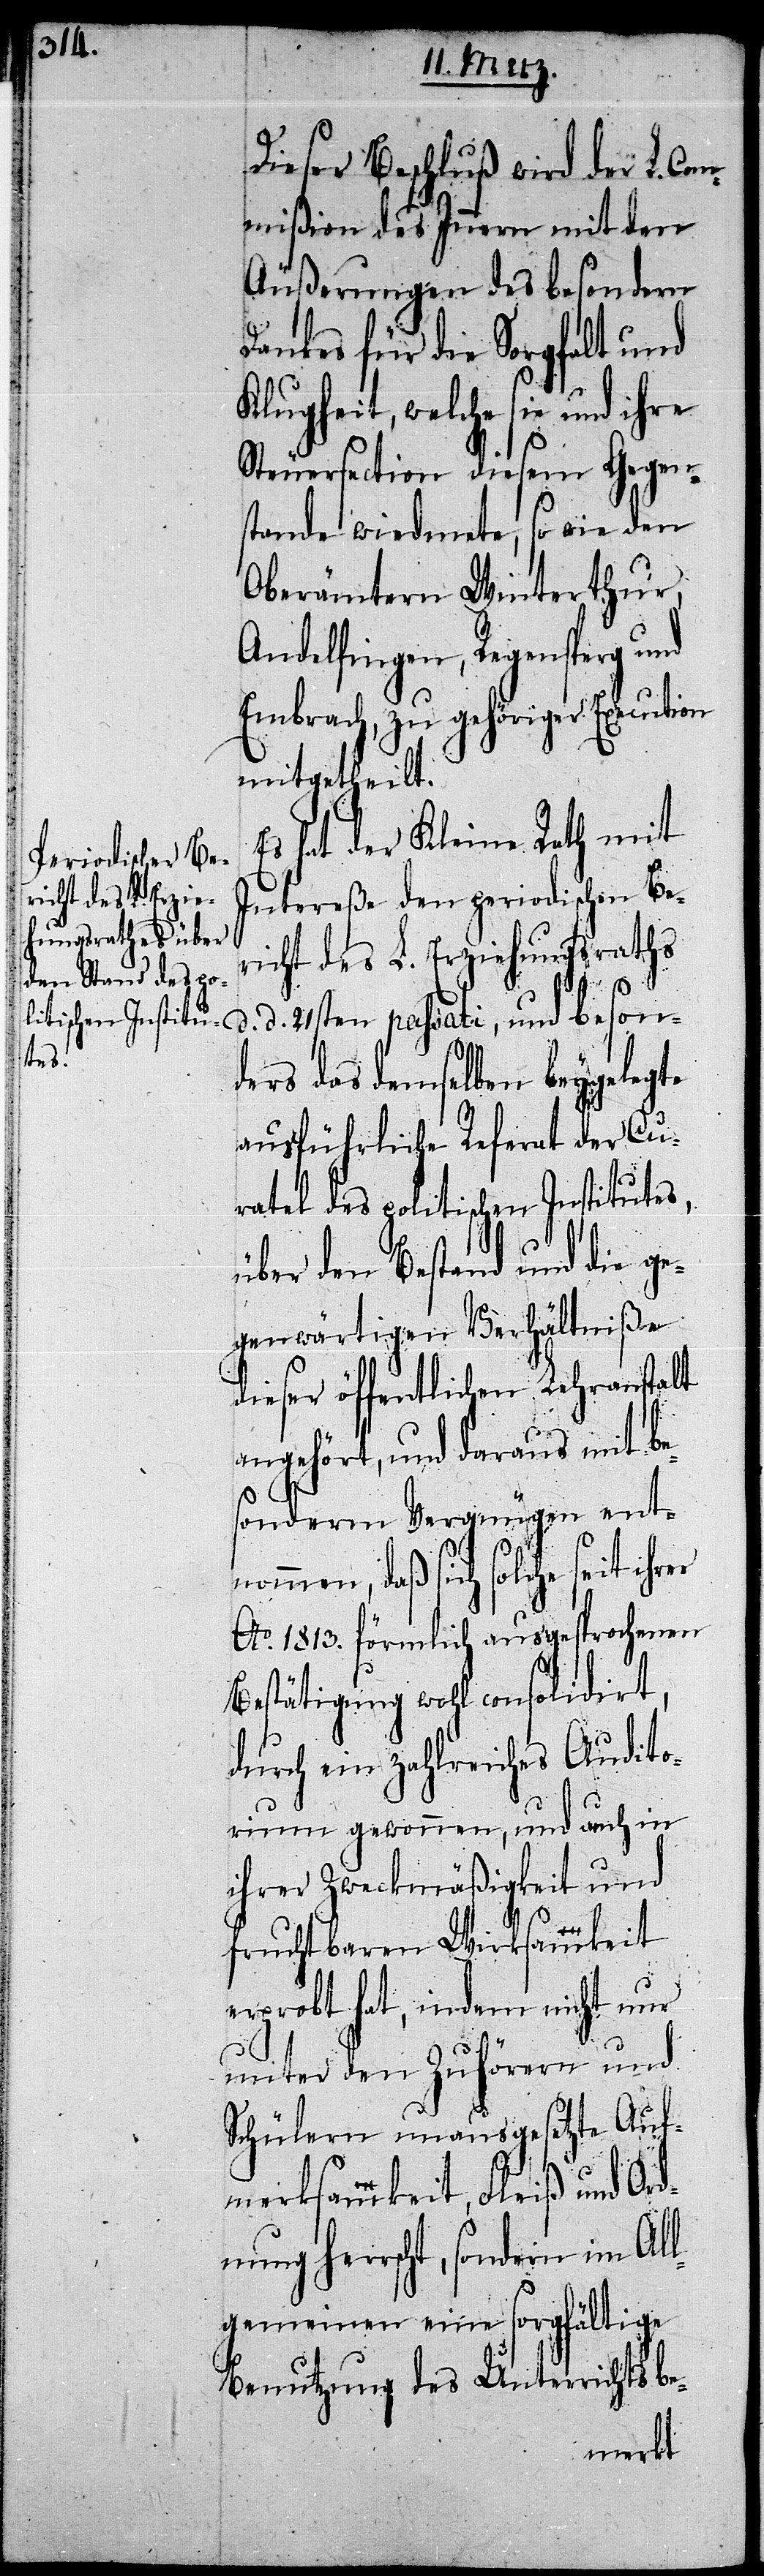
Dieser Beschluß wird der L. Co¬
mmißion des Innern mit den
Äußerungen des besondern
Dankes für die Sorgfalt und
Klugheit, welche sie und ihre
Steuersection diesem Gegen¬
stande wiedmete, so wie den
Oberämtern Winterthur,
Andelfingen, Regensperg und
Embrach, zu gehöriger Execution
mitgetheilt.
hat der Kleine Rath mit
Intereße den periodischen Be¬
richt des L. Erziehungsraths
beson¬
ders das demselben beygelegte
ausführliche Referat der Cu¬
ratel des politischen Institutes,
über den Bestand und die ge¬
genwärtigen Verhältniße
dieser öffentlichen Lehranstalt
d.
angehört, und daraus mit be¬
sonderm Vergnügen ent¬
nommen, daß sich solche
Ao. 1813. förmlich ausgesprochenen
Bestätigung wohl consolidirt,
durch ein zahlreiches Audito¬
rium gewonnen, und auch in
ihrer Zweckmäßigkeit und
fruchtbaren Wirksamkeit
erprobt hat, indem nicht nur
unter den Zuhörern und
Schülern unausgesetzte Auf¬
merksamkeit, Fleiß und Or¬
dnung herrscht, sondern im Al¬
lgemeinen eine sorgfältige
Benutzung des Unterrichts be-